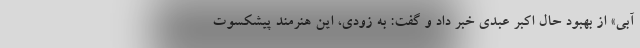
آبی» از بهبود حال اکبر عبدی خبر داد و گفت: به زودی، این هنرمند پیشکسوت